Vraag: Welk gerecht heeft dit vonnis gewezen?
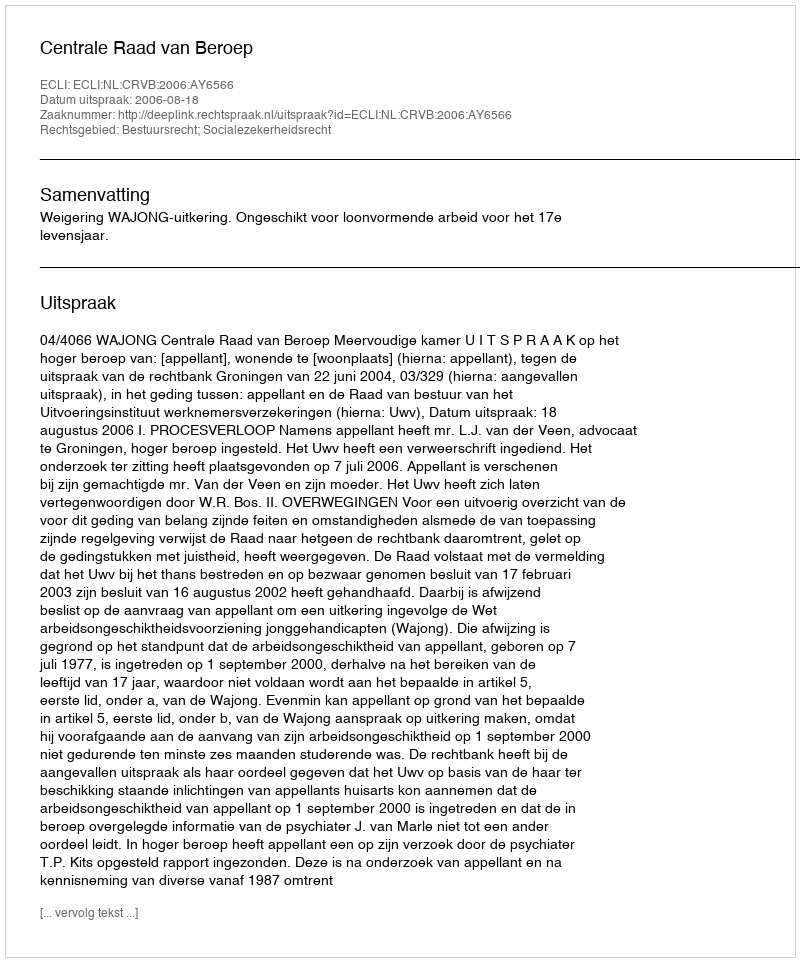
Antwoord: Centrale Raad van Beroep